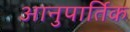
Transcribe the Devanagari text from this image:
आनुपार्तिक